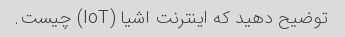
توضیح دهید که اینترنت اشیا (IoT) چیست.